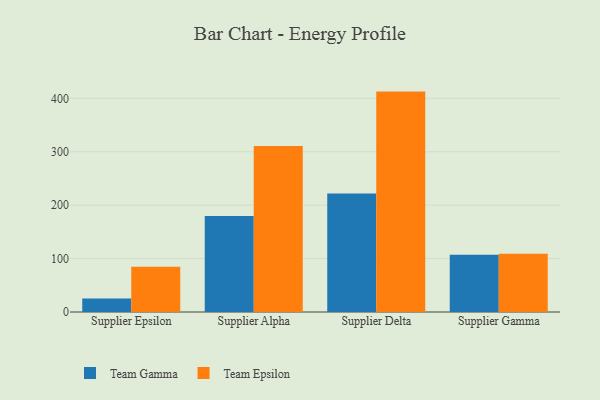
{"axis": {"x": "Supplier", "y": "Customer Acquisition Cost (USD)"}, "legend": ["Team Epsilon", "Team Gamma"], "data": [{"x": "Supplier Epsilon", "y": 25.3, "type": "Team Gamma"}, {"x": "Supplier Epsilon", "y": 84.7, "type": "Team Epsilon"}, {"x": "Supplier Alpha", "y": 179.7, "type": "Team Gamma"}, {"x": "Supplier Alpha", "y": 310.8, "type": "Team Epsilon"}, {"x": "Supplier Delta", "y": 221.9, "type": "Team Gamma"}, {"x": "Supplier Delta", "y": 412.6, "type": "Team Epsilon"}, {"x": "Supplier Gamma", "y": 107.1, "type": "Team Gamma"}, {"x": "Supplier Gamma", "y": 109.0, "type": "Team Epsilon"}]}